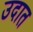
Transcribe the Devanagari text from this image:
उदात